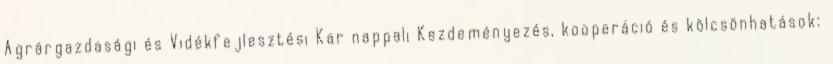
Agrárgazdasági és Vidékfejlesztési Kar nappali Kezdeményezés, kooperáció és kölcsönhatások: